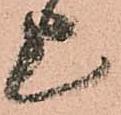
上